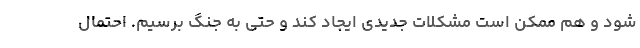
شود و هم ممکن است مشکلات جدیدی ایجاد کند و حتی به جنگ برسیم. احتمال